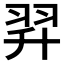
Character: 𦐒